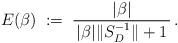
LaTeX: \begin{align*} E(\beta)\;:=\;\frac{|\beta|}{\,|\beta| \|S_D^{-1}\|+1\,}\,. \end{align*}